Report of the Bombay Veterinary College
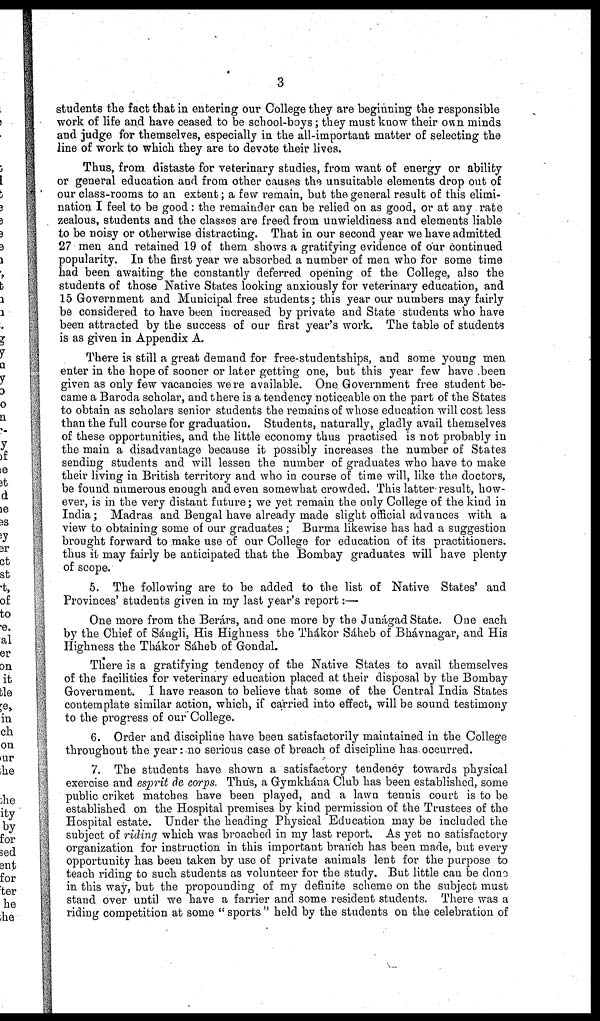
3
students the fact that in entering our College they are beginning the responsible
work of life and have ceased to be school-boys ; they must know their own minds
and judge for themselves, especially in the all-important matter of selecting the
line of work to which they are to devote their lives.
Thus, from distaste for veterinary studies, from want of energy or ability
or general education and from other causes the unsuitable elements drop out of
our class-rooms to an extent; a few remain, but the general result of this elimi-
nation I feel to be good: the remainder can be relied on as good, or at any rate
zealous, students and the classes are freed from unwieldiness and elements liable
to be noisy or otherwise distracting. That in our second year we have admitted
27 men and retained 19 of them shows a gratifying evidence of our continued
popularity. In the first year we absorbed a number of men who for some time
had been awaiting the constantly deferred opening of the College, also the
students of those Native States looking anxiously for veterinary education, and
15 Government and Municipal free students; this year our numbers may fairly
be considered to have been increased by private and State students who have
been attracted by the success of our first year's work. The table of students
is as given in Appendix A.
There is still a great demand for free-studentships, and some young men
enter in the hope of sooner or later getting one, but this year few have been
given as only few vacancies were available. One Government free student be-
came a Baroda scholar, and there is a tendency noticeable on the part of the States
to obtain as scholars senior students the remains of whose education will cost less
than the full course for graduation. Students, naturally, gladly avail themselves
of these opportunities, and the little economy thus practised is not probably in
the main a disadvantage because it possibly increases the number of States
sending students and will lessen the number of graduates who have to make
their living in British territory and who in course of time will, like the doctors,
be found numerous enough and even somewhat crowded. This latter result, how-
ever, is in the very distant future; we yet remain the only College of the kind in
India; Madras and Bengal have already made slight official advances with a
view to obtaining some of our graduates; Burma likewise has had a suggestion
brought forward to make use of our College for education of its practitioners.
thus it may fairly be anticipated that the Bombay graduates will have plenty
of scope.
5. The following are to be added to the list of Native States' and
Provinces' students given in my last year's report:—
One more from the Berárs, and one more by the Junágad State. One each
by the Chief of Sángli, His Highness the Thákor Sáheb of Bhávnagar, and His
Highness the Thákor Sáheb of Gondal.
There is a gratifying tendency of the Native States to avail themselves
of the facilities for veterinary education placed at their disposal by the Bombay
Government. I have reason to believe that some of the Central India States
contemplate similar action, which, if carried into effect, will be sound testimony
to the progress of our College.
6. Order and discipline have been satisfactorily maintained in the College
throughout the year :no serious case of breach of discipline has. occurred.
7. The students have shown a satisfactory tendency towards physical
exercise and esprit de corps. Thus, a Gymkhána Club has been established, some
public criket matches have been played, and a lawn tennis court is to be
established on the Hospital premises by kind permission of the Trustees of the
Hospital estate. Under the heading Physical Education may be included the
subject of riding which was broached in my last report. As yet no satisfactory
organization for instruction in this important branch has been made, but every
opportunity has been taken by use of private animals lent for the purpose to
teach riding to such students as volunteer for the study. But little can be done
in this way, but the propounding of my definite scheme on the subject must
stand over until we have a farrier and some resident students. There was a
riding competition at some " sports " held by the students on the celebration of